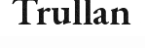
Trullan